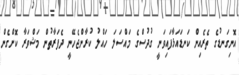
އޮނިގަނޑުގެ ތެރެއިން ކަނޑައަޅާފައިވަނީ ގުދުސްގެ މައްސަލަ ހައްލު ކުރާންޖެހޭނީ ދެފަރާތުން މަޝްވަރާ ކޮށްގެން